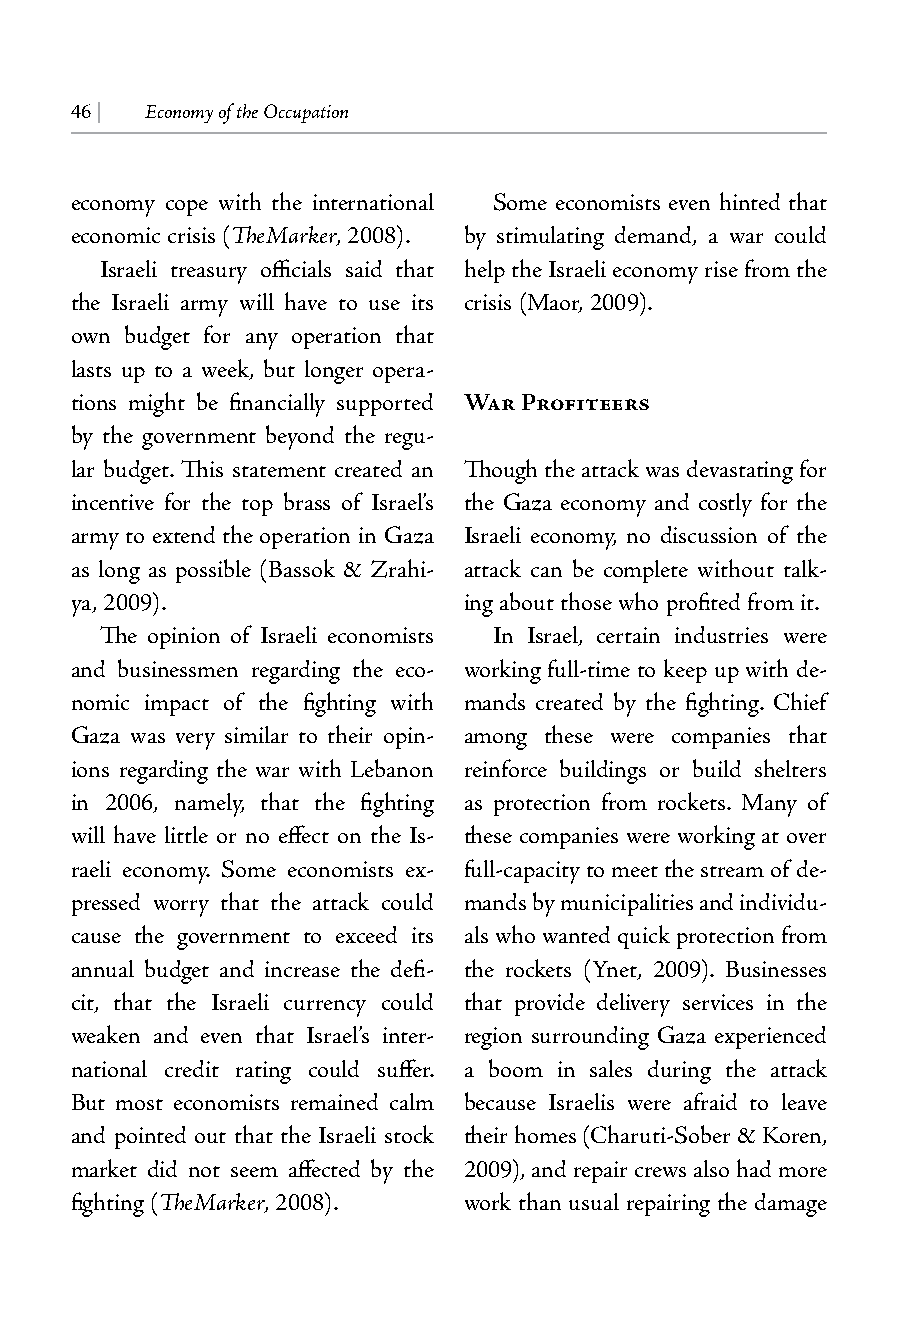
46 | Economy of the Occupation
 economy cope with the international Some economists even hinted that
 economic crisis (TheMarker, 2008). by stimulating demand, a war could
 Israeli treasury officials said that help the Israeli economy rise from the
 the Israeli army will have to use its crisis (Maor, 2009).
 own budget for any operation that
 lasts up to a week, but longer opera-
 tions might be financially supported War Profiteers
 by the government beyond the regu-
 lar budget. This statement created an Though the attack was devastating for
 incentive for the top brass of Israel’s the Gaza economy and costly for the
 army to extend the operation in Gaza Israeli economy, no discussion of the
 as long as possible (Bassok & Zrahi- attack can be complete without talk-
 ya, 2009).                ing about those who profited from it.
 The opinion of Israeli economists In Israel, certain industries were
 and businessmen regarding the eco- working full-time to keep up with de-
 nomic impact of the fighting with mands created by the fighting. Chief
 Gaza was very similar to their opin- among these were companies that
 ions regarding the war with Lebanon reinforce buildings or build shelters
 in 2006, namely, that the fighting as protection from rockets. Many of
 will have little or no effect on the Is- these companies were working at over
 raeli economy. Some economists ex- full-capacity to meet the stream of de-
 pressed worry that the attack could mands by municipalities and individu-
 cause the government to exceed its als who wanted quick protection from
 annual budget and increase the defi- the rockets (Ynet, 2009). Businesses
 cit, that the Israeli currency could that provide delivery services in the
 weaken and even that Israel’s inter- region surrounding Gaza experienced
 national credit rating could suffer. a boom in sales during the attack
 But most economists remained calm because Israelis were afraid to leave
 and pointed out that the Israeli stock their homes (Charuti-Sober & Koren,
 market did not seem affected by the 2009), and repair crews also had more
 fighting (TheMarker, 2008). work than usual repairing the damage